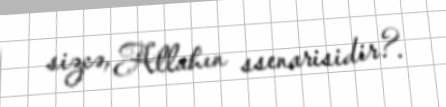
sizcə, Allahın ssenarisidir?.